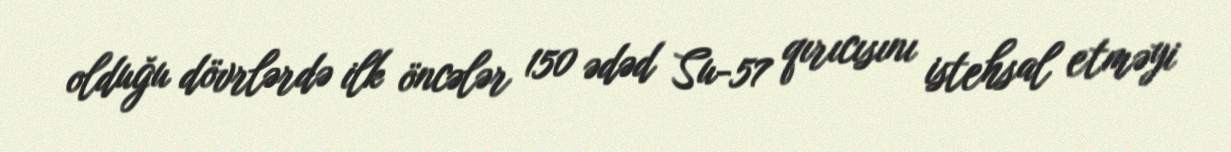
olduğu dövrlərdə ilk öncələr 150 ədəd Su-57 qırıcısını istehsal etməyi